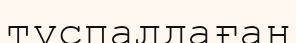
тұспалдаған